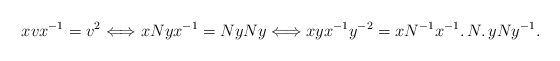
\begin{align*}xvx^{-1}=v^{2} \Longleftrightarrow xNy x^{-1}=Ny Ny \Longleftrightarrow xyx^{-1}y^{-2}= xN^{-1}x^{-1} \ldotp N\ldotp yNy^{-1}.\end{align*}